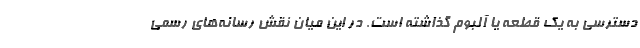
دسترسی به یک قطعه یا آلبوم گذاشته است. در این میان نقش رسانه‌های رسمی